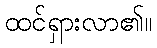
ထင်ရှားလာ၏။